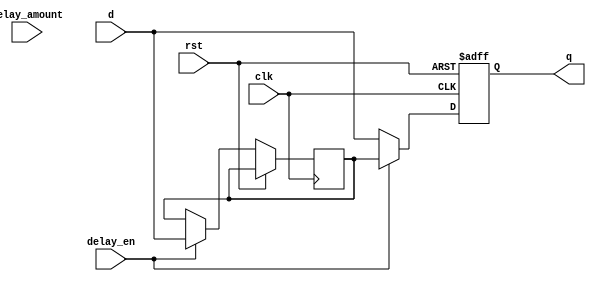
module d_flip_flop_delay (
    input wire clk,
    input wire rst,
    input wire delay_en,
    input wire delay_amount,
    input wire d,
    output reg q
);

reg delayed_d;

always @(posedge clk or posedge rst) begin
    if (rst) begin
        q <= 1'b0;
    end else begin
        if (delay_en) begin
            #delay_amount delayed_d <= d; // Delay input signal by specified amount of time
            q <= delayed_d;
        end else begin
            q <= d;
        end
    end
end

endmodule